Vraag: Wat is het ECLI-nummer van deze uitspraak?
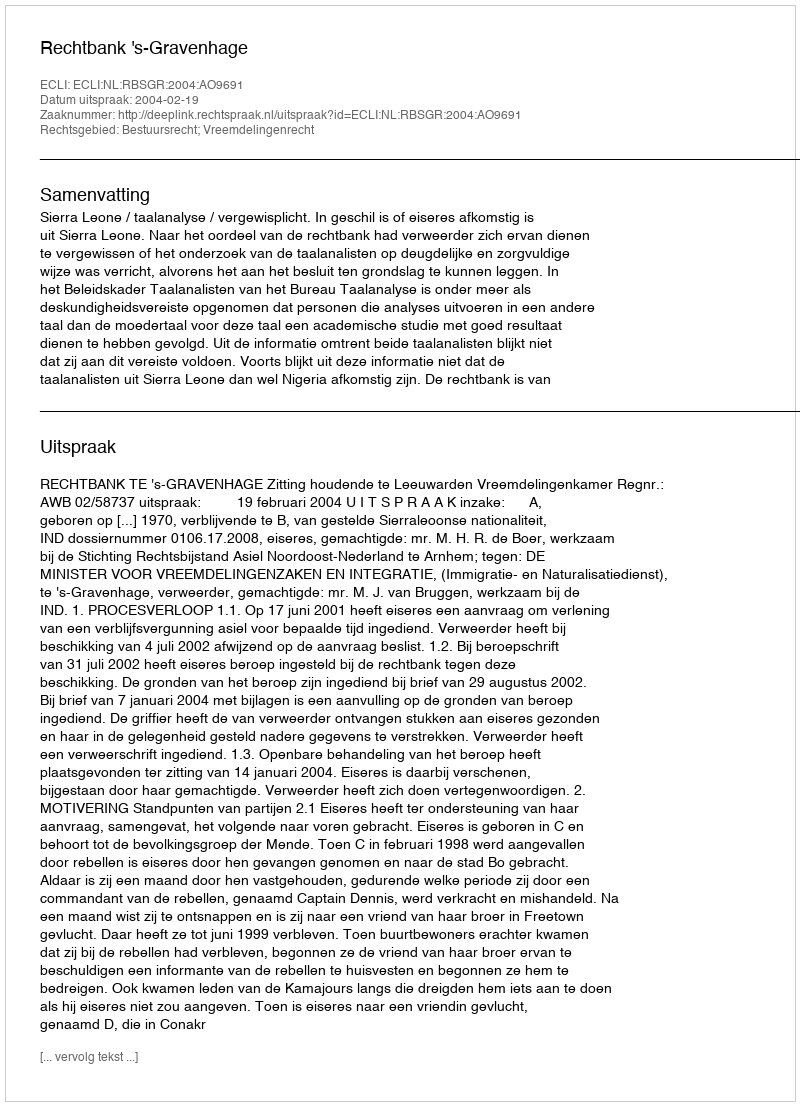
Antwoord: ECLI:NL:RBSGR:2004:AO9691